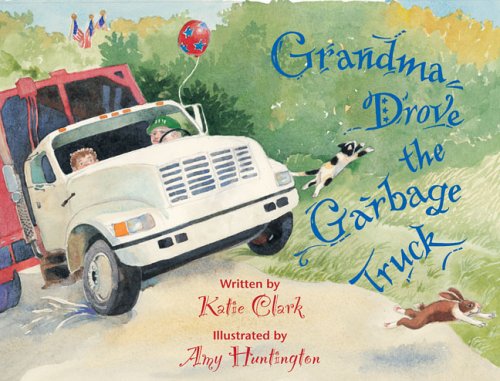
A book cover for Grandma Drove the Garbage Truck; Katie  Clark; Children's Books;